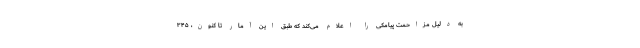
به دلیل مزاحمت پیامکی را اعلام می‌کند که طبق این آمار تا کنون، ۳۴۵